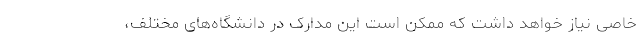
خاصی نیاز خواهد داشت که ممکن است این مدارک در دانشگاه‌های مختلف،